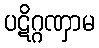
ပဋိဂ္ဂဏှာမ